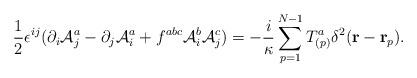
LaTeX: \begin{align*}\frac{1}{2} \epsilon^{ij} (\partial_i {\cal A}^a_j -\partial_j {\cal A}^a_i+f^{abc} {\cal A}^b_i {\cal A}^c_j )=-\frac{i}{\kappa}\sum_{p=1}^{N-1} T^a_{(p)} \delta^2({\bf r}-{\bf r}_p).\end{align*}